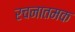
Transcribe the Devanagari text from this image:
रचनातमक